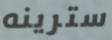
سترينه